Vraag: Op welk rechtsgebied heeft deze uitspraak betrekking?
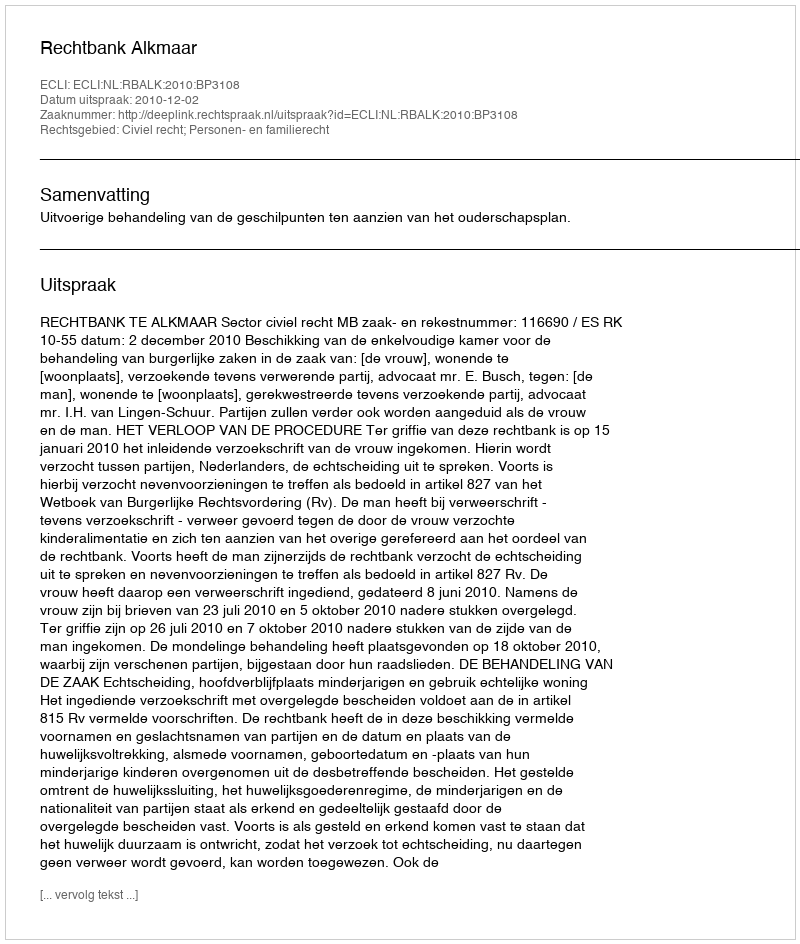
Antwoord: Civiel recht; Personen- en familierecht